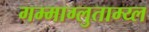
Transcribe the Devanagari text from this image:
गम्माग्लुताम्य्ल